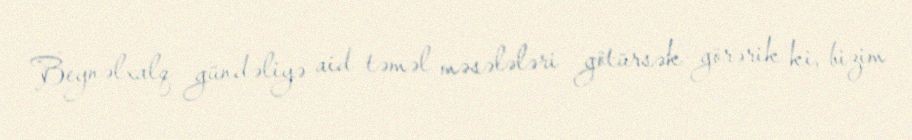
Beynəlxalq gündəliyə aid təməl məsələləri götürsək görərik ki, bizim